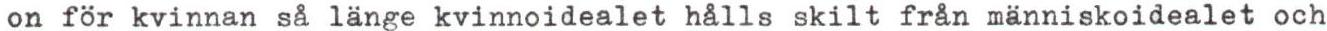
on för kvinnan så länge kvinnoidealet hålls skilt från människoidealet och